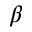
\beta